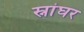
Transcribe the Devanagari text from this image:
स्नांघर